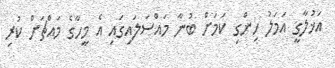
އަޚުލާގީ އަމަލު ހިންގި ކަމަށް ބުނާ މައްސަލައިގައި އެ މީހާގެ މައްޗަށް ކުރި